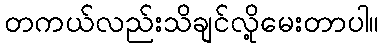
တကယ်လည်းသိချင်လို့မေးတာပါ။